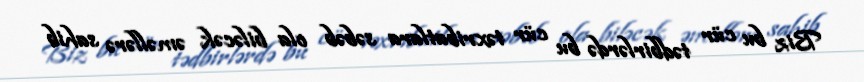
Biz bu cür tədbirlərdə bu cür təxribatlara səbəb ola biləcək əməllərə sahib